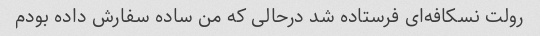
رولت نسکافه‌ای فرستاده شد درحالی که من ساده سفارش داده بودم